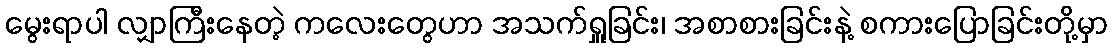
မွေးရာပါ လျှာကြီးနေတဲ့ ကလေးတွေဟာ အသက်ရှူခြင်း၊ အစာစားခြင်းနဲ့ စကားပြောခြင်းတို့မှာ